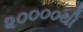
૨૦૦૦૦થી